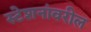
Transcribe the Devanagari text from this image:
स्टेशनांवरील